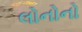
લોનોનો